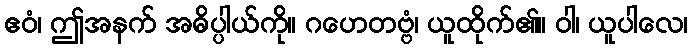
ဧဝံ၊ ဤအနက် အဓိပ္ပါယ်ကို။ ဂဟေတဗ္ဗံ၊ ယူထိုက်၏။ ဝါ၊ ယူပါလေ၊